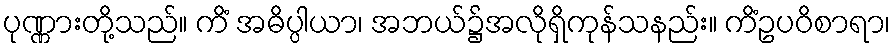
ပုဏ္ဏားတို့သည်။ ကိံ အဓိပ္ပါယာ၊ အဘယ်၌အလိုရှိကုန်သနည်း။ ကိံဥပဝိစာရာ၊